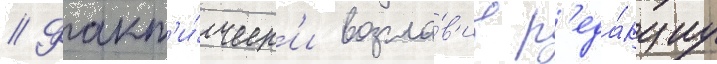
// Факт'и́ческ'и возгла́в'ив р'еда́кциу